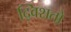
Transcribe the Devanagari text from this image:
द्विशतो